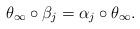
LaTeX: \begin{align*} \theta_\infty \circ \beta_j = \alpha_j \circ \theta_\infty. \end{align*}